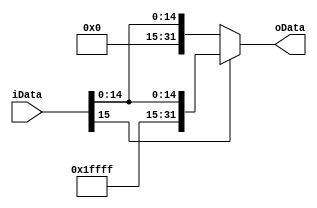
`timescale 1ns / 1ps
//////////////////////////////////////////////////////////////////////////////////
// Company: 
// Engineer: 
// 
// Design Name: 
// Module Name: selector41
// Project Name: 
// Target Devices: 
// Tool Versions: 
// Description: 
// 
// Dependencies: 
// 
// Revision:
// Revision 0.01 - File Created
// Additional Comments:
// 
//////////////////////////////////////////////////////////////////////////////////


module S_Ext16(iData,oData);
    input [15:0] iData;
    output [31:0]oData;
    wire [31:0]oData;
    assign oData=iData[15]==1?{17'b11111111111111111,iData}:{17'b0,iData};
endmodule